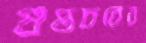
গুপ্তচরের